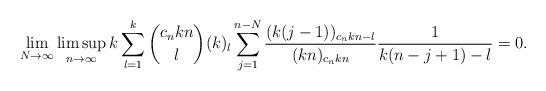
LaTeX: \begin{align*}\lim_{N\to\infty}\limsup_{n\to\infty}k\sum_{l=1}^k\binom{c_nkn}l(k)_l\sum_{j=1}^{n-N}\frac{(k(j-1))_{c_nkn-l}}{(kn)_{c_nkn}}\frac 1{k(n-j+1)-l}=0.\end{align*}